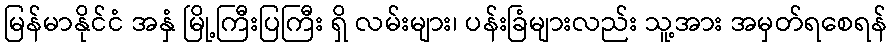
မြန်မာနိုင်ငံ အနှံ မြို့ကြီးပြကြီး ရှိ လမ်းများ၊ ပန်းခြံများလည်း သူ့အား အမှတ်ရစေရန်